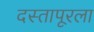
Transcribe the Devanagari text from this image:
दस्तापूरला